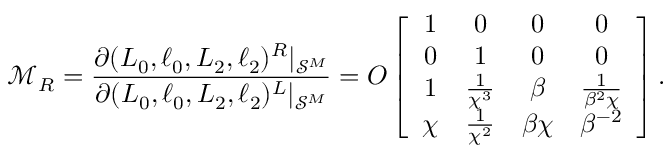
\mathcal { M } _ { R } = \frac { \partial ( L _ { 0 } , \ell _ { 0 } , L _ { 2 } , \ell _ { 2 } ) ^ { R } | _ { \mathcal { S } ^ { M } } } { \partial ( L _ { 0 } , \ell _ { 0 } , L _ { 2 } , \ell _ { 2 } ) ^ { L } | _ { \mathcal { S } ^ { M } } } = O \left[ \begin{array} { c c c c } { 1 } & { 0 } & { 0 } & { 0 } \\ { 0 } & { 1 } & { 0 } & { 0 } \\ { 1 } & { \frac { 1 } { \chi ^ { 3 } } } & { \beta } & { \frac { 1 } { \beta ^ { 2 } \chi } } \\ { \chi } & { \frac { 1 } { \chi ^ { 2 } } } & { \beta \chi } & { \beta ^ { - 2 } } \end{array} \right] .